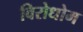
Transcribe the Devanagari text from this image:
विरोधोम